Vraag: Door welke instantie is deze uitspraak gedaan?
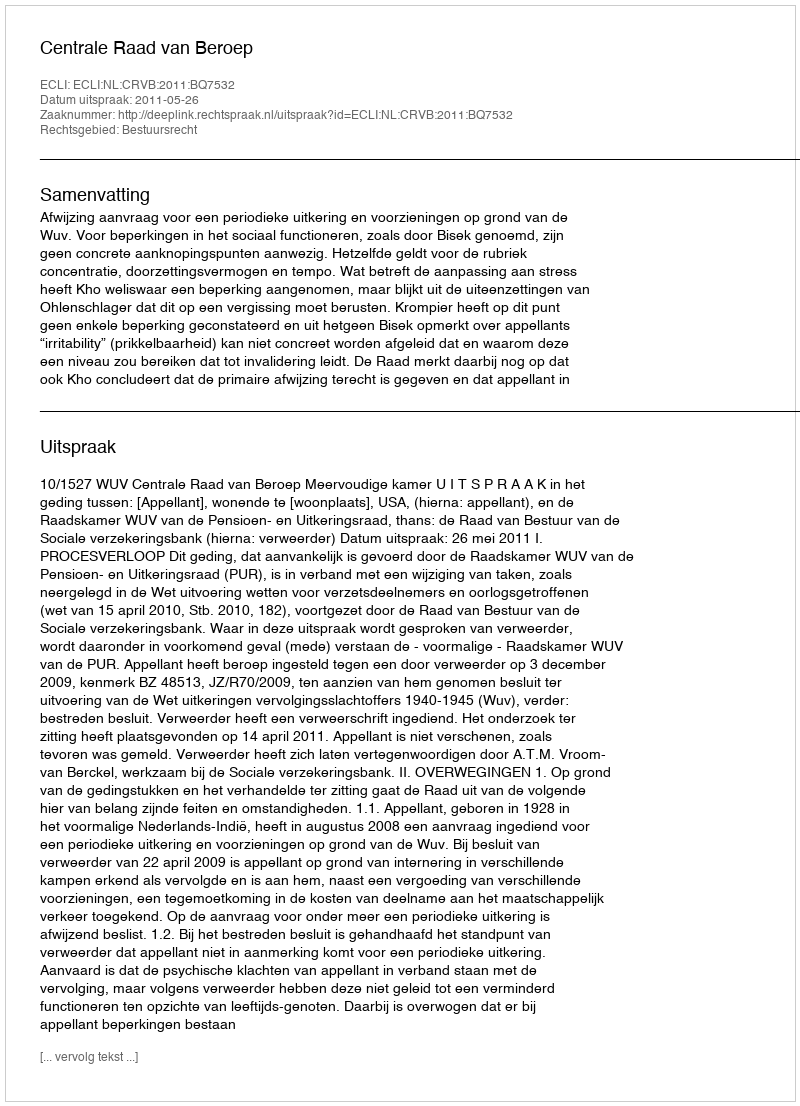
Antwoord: Centrale Raad van Beroep